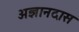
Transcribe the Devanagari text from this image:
अज्ञानदास